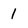
Character: 1